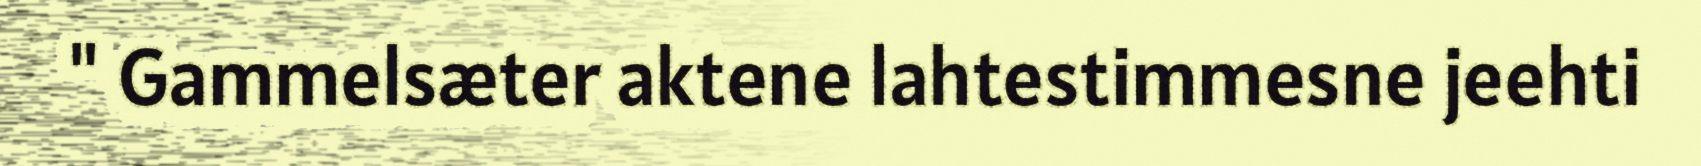
" Gammelsæter aktene lahtestimmesne jeehti